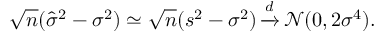
{ \sqrt { n } } ( { \hat { \sigma } } ^ { 2 } - \sigma ^ { 2 } ) \simeq { \sqrt { n } } ( s ^ { 2 } - \sigma ^ { 2 } ) \, { \xrightarrow { d } } \, { \mathcal { N } } ( 0 , 2 \sigma ^ { 4 } ) .